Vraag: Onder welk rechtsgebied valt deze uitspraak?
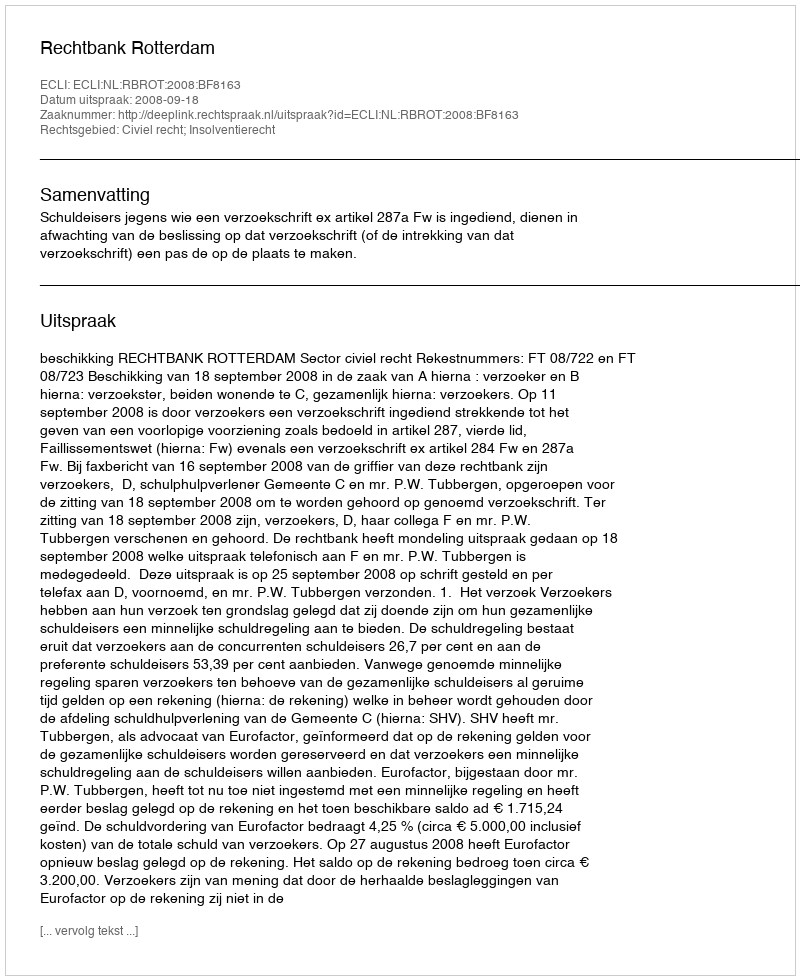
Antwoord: Civiel recht; Insolventierecht